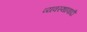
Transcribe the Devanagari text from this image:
व्यवस्थावादी